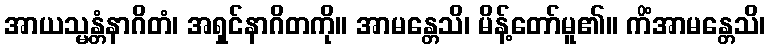
အာယသ္မန္တံနာဂိတံ၊ အရှင်နာဂိတကို။ အာမန္တေသိ၊ မိန့်တော်မူ၏။ ကိံအာမန္တေသိ၊